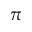
\pi